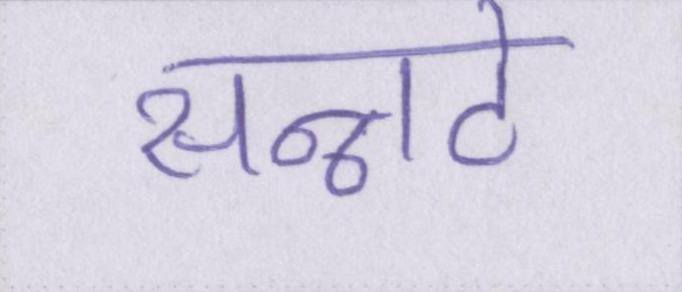
सन्नाटे